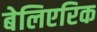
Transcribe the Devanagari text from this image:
बेलिएरिक